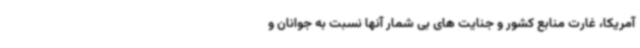
آمریکا، غارت منابع کشور و جنایت های بی شمار آنها نسبت به جوانان و